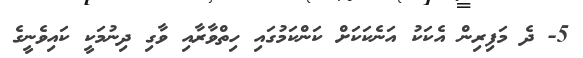
5- ދެ މަފިރިން އެކަކު އަނެކަކަށް ކަންކަމުގައި ހިތްވާރާއި ވާގި ދިނުމަކީ ކައިވެނީގެ